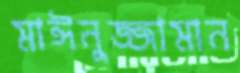
মাঈনুজ্জামান